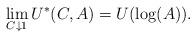
LaTeX: \begin{align*}\lim_{C \downarrow 1} U^*(C,A) = U(\log(A)).\end{align*}